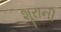
શૂરાની